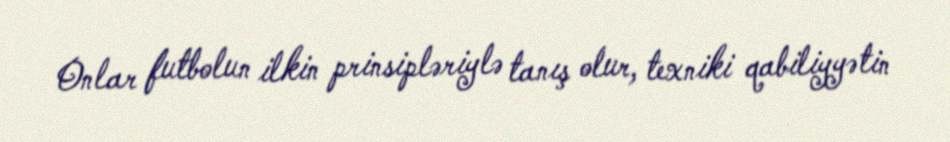
Onlar futbolun ilkin prinsipləriylə tanış olur, texniki qabiliyyətin